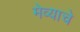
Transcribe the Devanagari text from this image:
मेव्याचे